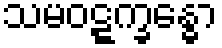
သမဝဋ္ဋက္ခန္ဓော